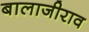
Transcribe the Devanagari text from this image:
बालाजीराव